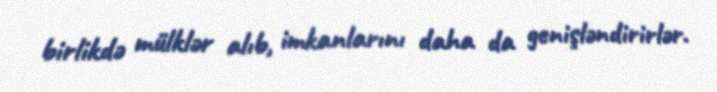
birlikdə mülklər alıb, imkanlarını daha da genişləndirirlər.